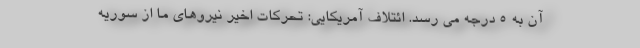
آن به ۵ درجه می رسد. ائتلاف آمریکایی: تحرکات اخیر نیروهای ما از سوریه